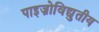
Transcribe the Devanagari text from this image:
पाइज़ोविद्युतीय